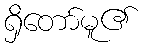
ရှိတော်မူ၏